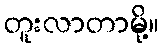
တူးလာတာမို့။